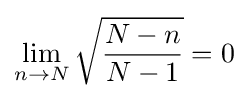
\lim _{n\to N}{\sqrt {\frac {N-n}{N-1}}}=0